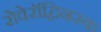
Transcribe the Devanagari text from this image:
सेवेरॉद्विनस्क